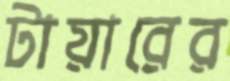
টায়ারের